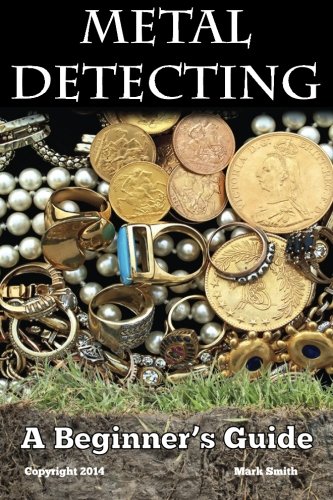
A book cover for Metal Detecting: A Beginner's Guide: to Mastering the Greatest Hobby In the World; Mark Smith; Crafts, Hobbies & Home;